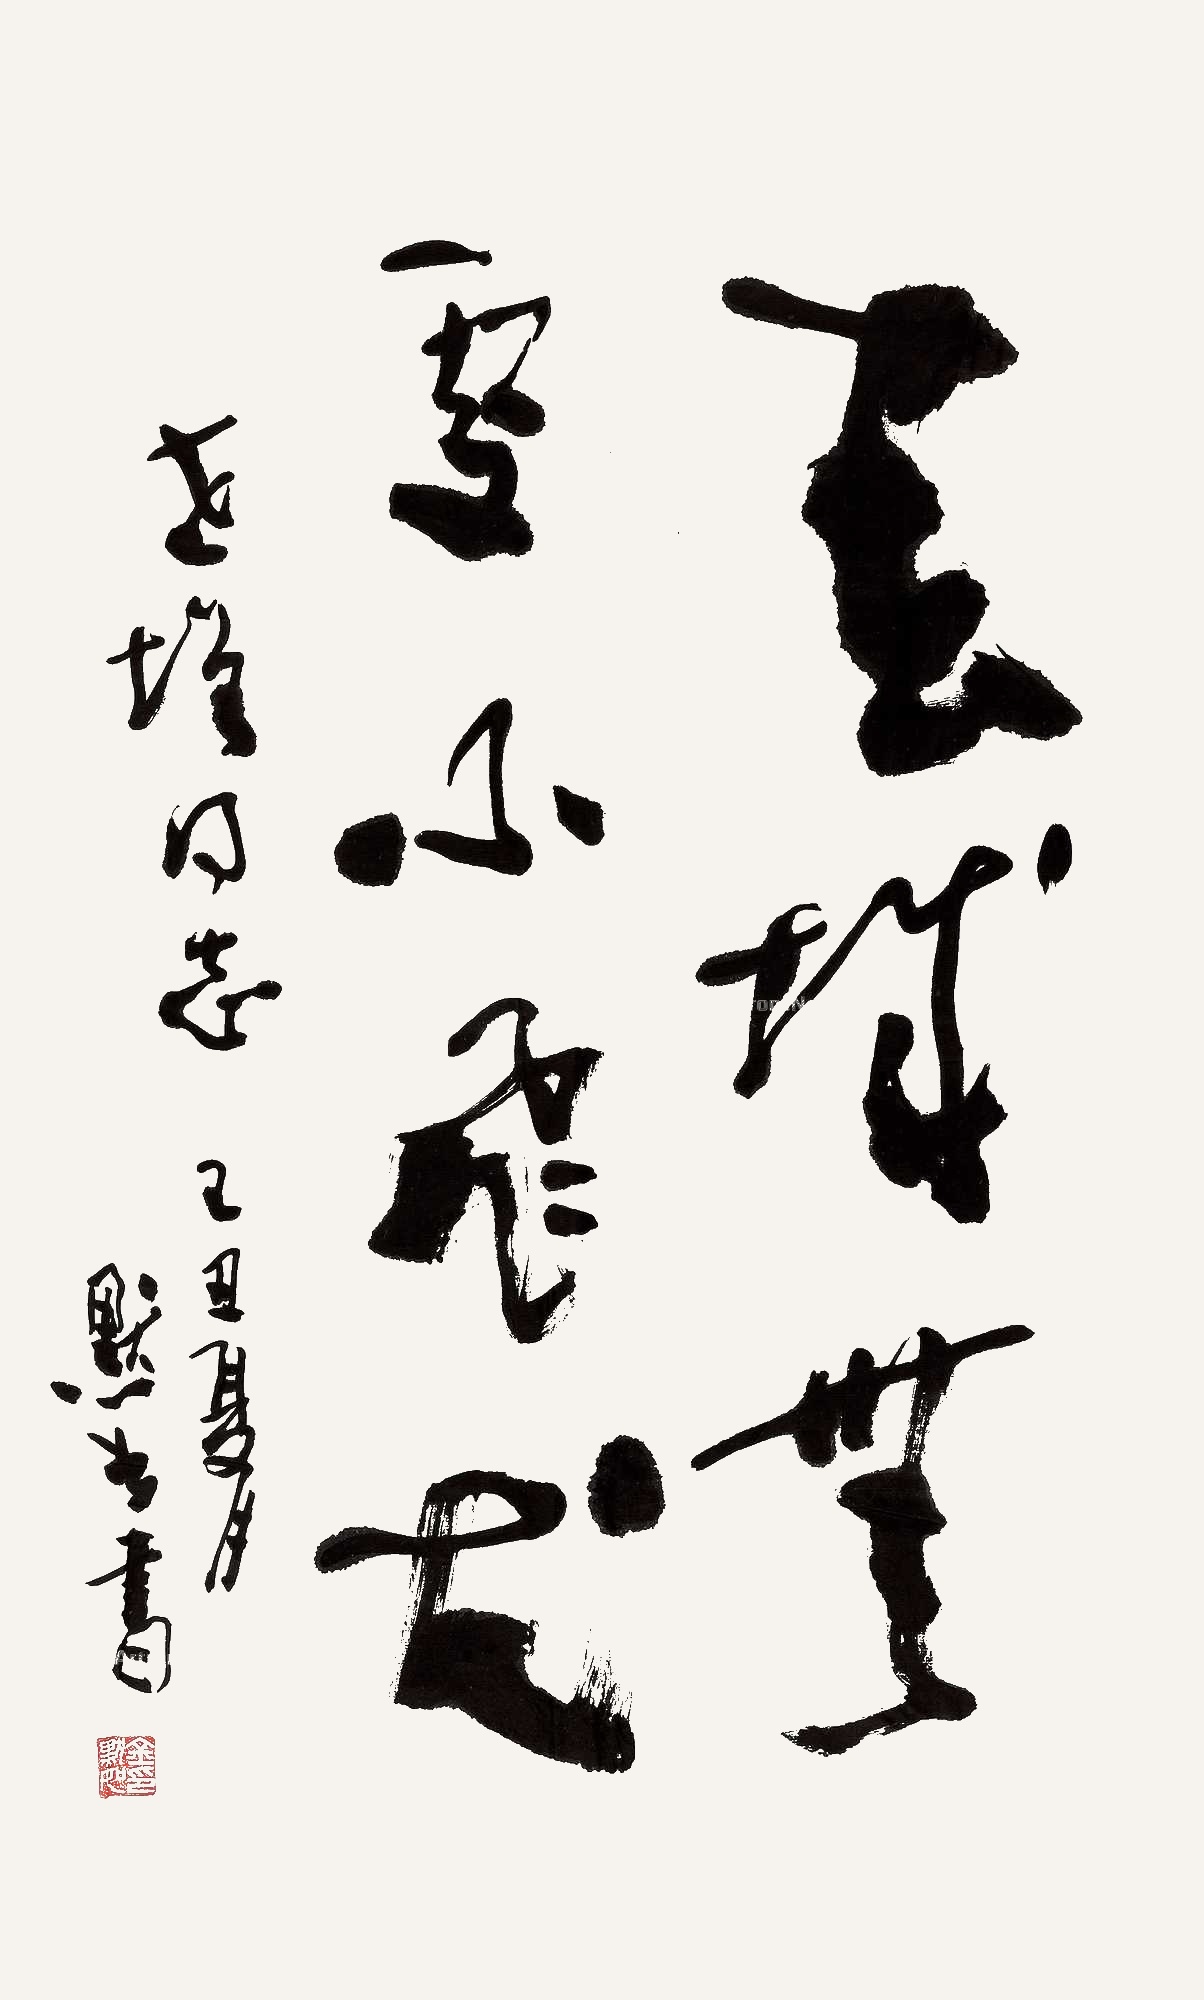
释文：春城无处不飞花。世增同志。己丑（2009年）夏月，默如书。